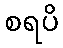
စရပိ